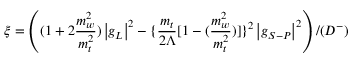
\xi = \left( ( 1 + 2 \frac { m _ { w } ^ { 2 } } { m _ { t } ^ { 2 } } ) \left| g _ { L } \right| ^ { 2 } - \{ \frac { m _ { t } } { 2 \Lambda } [ 1 - ( \frac { m _ { w } ^ { 2 } } { m _ { t } ^ { 2 } } ) ] \} ^ { 2 } \left| g _ { S - P } \right| ^ { 2 } \right) / ( { \cal D } ^ { - } )